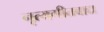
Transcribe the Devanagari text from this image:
नृत्यगीतवाद्य